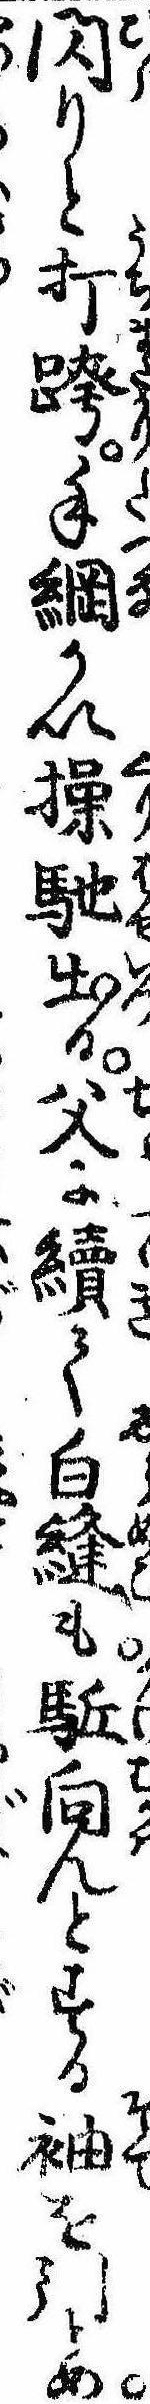
閃りと打跨手綱かい繰馳出る父に続て白縫も駆向んとする袖を引とめ